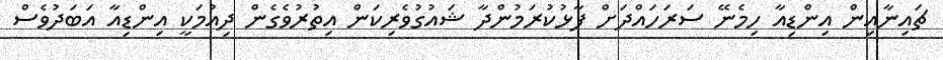
ޗައިނާއިން އިންޑިއާ ހިމެނޭ ސަރަހައްދަށް ފާޅުކުރަމުންދާ ޝައުގުވެރިކަން އިތުރުވެގެން ދިއުމަކީ އިންޑިއާ އަބަދުވެސް